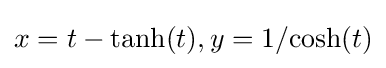
x=t-\tanh(t),y=1/{\cosh(t)}